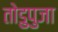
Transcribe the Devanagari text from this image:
तोडुपुजा